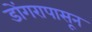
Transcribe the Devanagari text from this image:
डोंगरापासून